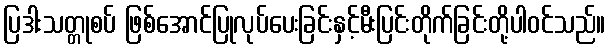
ပြဒါးသတ္တုစပ် ဖြစ်အောင်ပြုလုပ်ပေးခြင်းနှင့်မီးပြင်းတိုက်ခြင်းတို့ပါဝင်သည်။